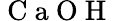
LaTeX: \mathrm{~C~a~O~H~}